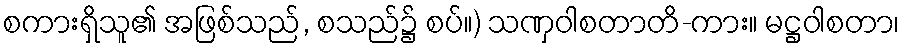
စကားရှိသူ၏ အဖြစ်သည်, စသည်၌ စပ်။) သဏှဝါစတာတိ-ကား။ မဋ္ဌဝါစတာ၊